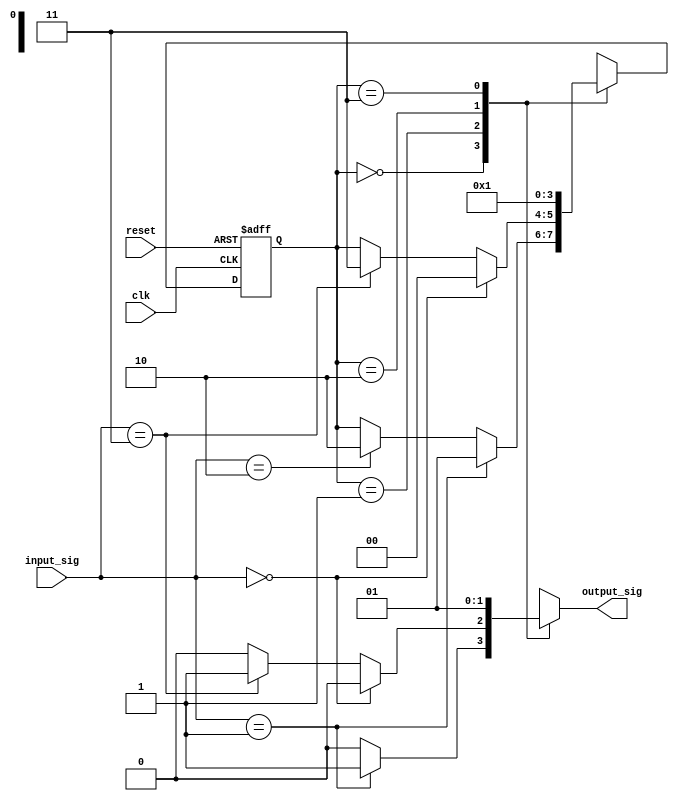
module mealy_state_machine (
    input wire clk,             // Clock signal
    input wire reset,           // Asynchronous reset signal
    input wire [1:0] input_sig, // Input signals (2 bits in this case)
    output reg output_sig       // Output signal
);

    // Parameters for the number of states (N=2 for this example)
    parameter N = 2;
    parameter STATE_A = 2'b00; // State A
    parameter STATE_B = 2'b01; // State B
    parameter STATE_C = 2'b10; // State C
    parameter STATE_D = 2'b11; // State D

    // State register
    reg [N-1:0] current_state, next_state;

    // Sequential logic to update the state on clock edge
    always @(posedge clk or posedge reset) begin
        if (reset) begin
            current_state <= STATE_A; // Initialize to state A on reset
        end else begin
            current_state <= next_state; // Update current state
        end
    end

    // Combinatorial logic for next state and output
    always @(*) begin
        // Default values
        next_state = current_state; // Hold current state by default
        output_sig = 1'b0; // Default output

        case (current_state)
            STATE_A: begin
                if (input_sig == 2'b01) begin
                    next_state = STATE_B;
                    output_sig = 1'b1; // Set output condition
                end else if (input_sig == 2'b10) begin
                    next_state = STATE_C;
                end
            end
            
            STATE_B: begin
                if (input_sig == 2'b00) begin
                    next_state = STATE_A;
                    output_sig = 1'b0; // Set output condition
                end else if (input_sig == 2'b11) begin
                    next_state = STATE_D;
                    output_sig = 1'b1; // Set output condition
                end
            end
            
            STATE_C: begin
                next_state = STATE_A; // Example transition
                output_sig = 1'b0; // Example output
            end
            
            STATE_D: begin
                next_state = STATE_B; // Example transition
                output_sig = 1'b1; // Example output
            end
            
            default: begin
                next_state = STATE_A; // Default to state A
                output_sig = 1'b0; // Default output
            end
        endcase
    end

endmodule